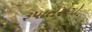
રૂપાતરણો